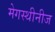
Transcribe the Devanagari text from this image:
मेगस्थीनीज